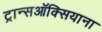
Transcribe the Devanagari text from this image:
ट्रान्सऑक्सियाना